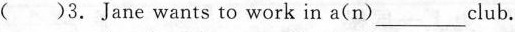
( )3.Jane wants to work in a(n)___club.